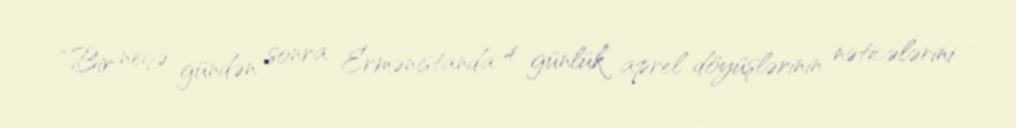
“Bir neçə gündən sonra Ermənistanda 4 günlük aprel döyüşlərinin nəticələrini